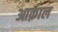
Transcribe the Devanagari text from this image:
आक़ाल